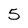
Character: 5